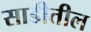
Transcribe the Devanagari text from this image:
साडीतील